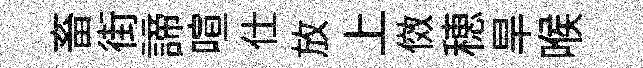
畜街諦喧仕放上傚穂旱喉